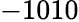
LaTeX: -1010